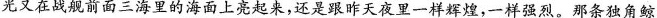
光又在战舰前面三海里的海面上亮起来，还是跟昨天夜里一样辉煌，一样强烈。那条独角鲸